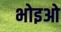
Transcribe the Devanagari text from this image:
भोइओ